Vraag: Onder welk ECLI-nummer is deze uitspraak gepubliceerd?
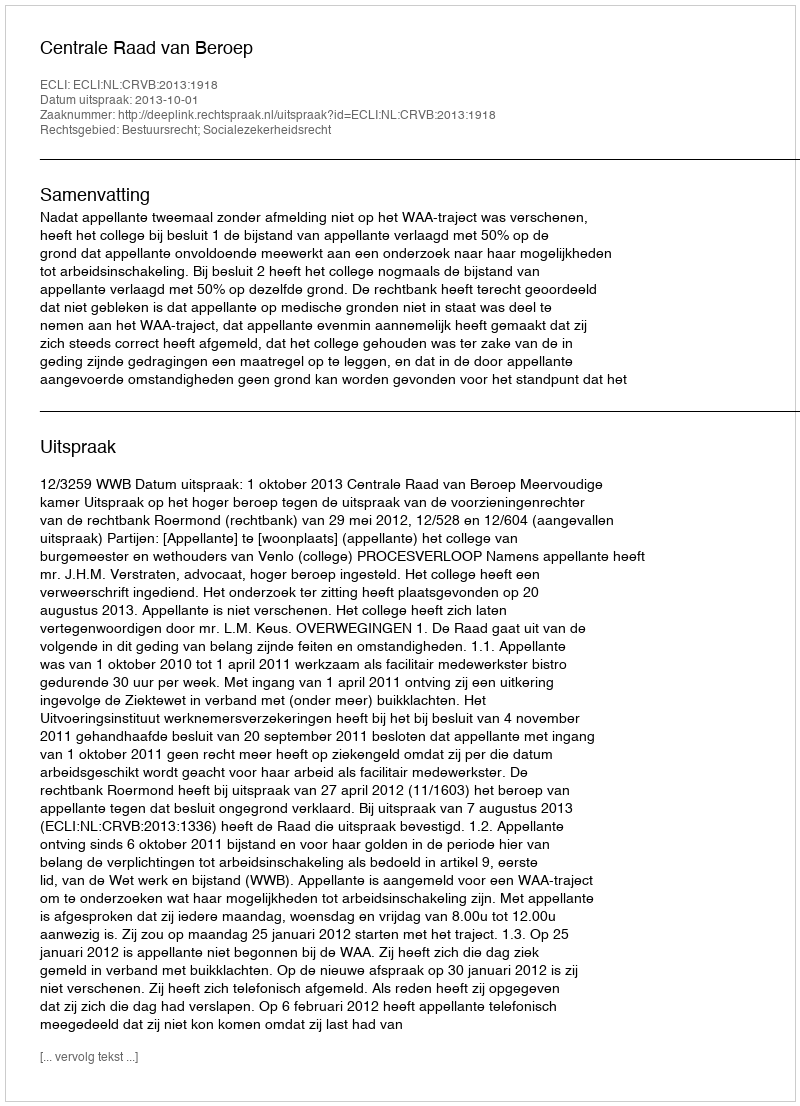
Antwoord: ECLI:NL:CRVB:2013:1918